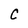
Character: C